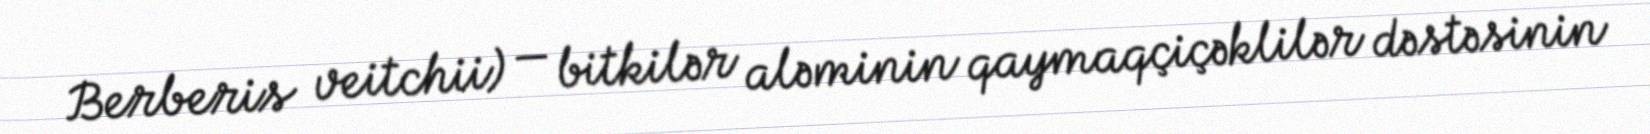
Berberis veitchii) — bitkilər aləminin qaymaqçiçəklilər dəstəsinin